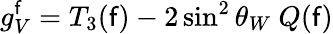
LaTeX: g_{V}^{\mathsf{f}}=T_{3}(\mathsf{f})-2\sin^{2}\theta_{W}~Q(\mathsf{f})